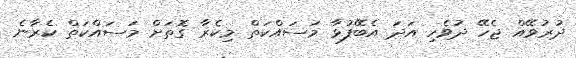
ދުރުވޭއް ޖެހޭ ދުވެހި އަދަ އެބޭފުޅާ މަސައްކަތް މިކެރާ ގޮތަށް މަސައްކަތް ކެރާނެ